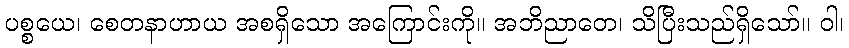
ပစ္စယေ၊ စေတနာဟာယ အစရှိသော အကြောင်းကို။ အဘိညာတေ၊ သိပြီးသည်ရှိသော်။ ဝါ၊